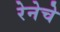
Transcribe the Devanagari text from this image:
रेनेचे